Indian journal of veterinary science and animal husbandry - Volume 5,
Year: 1935
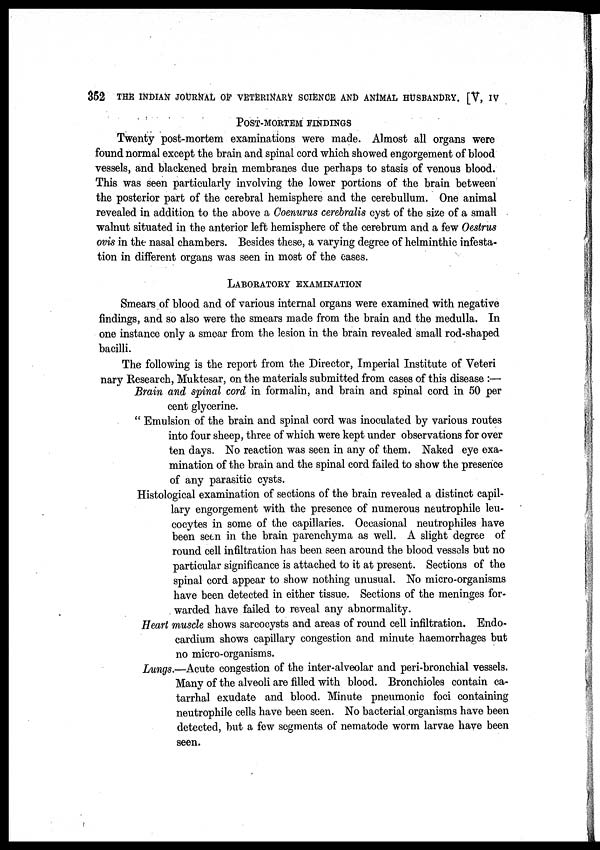
352 THE INDIAN JOURNAL OF VETERINARY SCIENCE AND ANIMAL HUSBANDRY. [V, IV
POST-MORTEM
FINDINGS
Twenty post-mortem examinations were made. Almost all organs were
found normal except the brain and spinal cord which showed engorgement of blood
vessels, and blackened brain membranes due perhaps to stasis of venous blood.
This was seen particularly involving the lower portions of the brain between
the posterior part of the cerebral hemisphere and the cerebullum. One animal
revealed in addition to the above a Coenurus cerebralis cyst of the size of a small
walnut situated in the anterior left hemisphere of the cerebrum and a few Oestrus
ovis in the nasal chambers. Besides these, a varying degree of helminthic infesta-
tion in different organs was seen in most of the cases.
LABORATORY EXAMINATION
Smears of blood and of various internal organs were examined with negative
findings, and so also were the smears made from the brain and the medulla. In
one instance only a smear from the lesion in the brain revealed small rod-shaped
bacilli.
The following is the report from the Director, Imperial Institute of Veteri
nary Research, Muktesar, on the materials submitted from cases of this disease :—
Brain and spinal cord in formalin, and brain and spinal cord in 50 per
cent glycerine.
" Emulsion of the brain and spinal cord was inoculated by various routes
into four sheep, three of which were kept under observations for over
ten days. No reaction was seen in any of them. Naked eye exa-
mination of the brain and the spinal cord failed to show the presence
of any parasitic cysts.
Histological examination of sections of the brain revealed a distinct capil-
lary engorgement with the presence of numerous neutrophile leu-
cocytes in some of the capillaries. Occasional neutrophiles have
been seen in the brain parenchyma as well. A slight degree of
round cell infiltration has been seen around the blood vessels but no
particular significance is attached to it at present. Sections of the
spinal cord appear to show nothing unusual. No micro-organisms
have been detected in either tissue. Sections of the meninges for-
warded have failed to reveal any abnormality.
Heart muscle shows sarcocysts and areas of round cell infiltration. Endo-
cardium shows capillary congestion and minute haemorrhages but
no micro-organisms.
Lungs.—Acute congestion of the inter-alveolar and peri-bronchial vessels.
Many of the alveoli are filled with blood. Bronchioles contain ca-
tarrhal exudate and blood. Minute pneumonic foci containing
neutrophile cells have been seen. No bacterial organisms have been
detected, but a few segments of nematode worm larvae have been
seen.